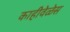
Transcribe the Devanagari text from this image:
काहीवेळेस